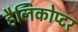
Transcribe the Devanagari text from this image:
हैलिकोप्टर